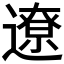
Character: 遼